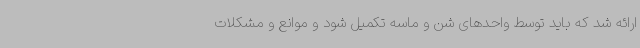
ارائه شد که باید توسط واحدهای شن و ماسه تکمیل شود و موانع و مشکلات